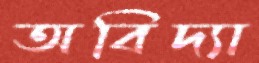
অবিদ্যা